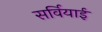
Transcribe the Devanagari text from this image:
सर्वियाई